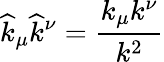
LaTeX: \widehat{k}_{\mu}\widehat{k}^{\nu}=\frac{k_{\mu}k^{\nu}}{k^{2}}